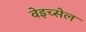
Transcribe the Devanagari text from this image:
वेइच्सेल